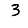
Digit: 3